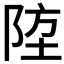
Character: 𨹛